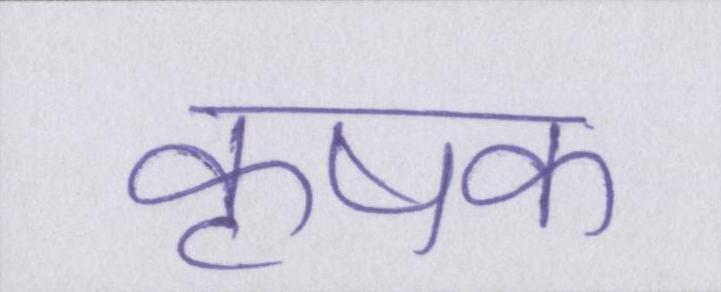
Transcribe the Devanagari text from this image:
कृषक